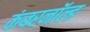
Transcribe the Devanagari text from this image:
कंबरनॉल्ड